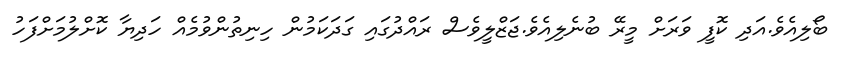
ބޯލިއެވެ.އަދި ކޮފީ ވަރަށް މީރޭ ބުނެލިއެވެ.ޖަޒްލީވެސް ރައްދުގައި ގަދަކަމުން ހިނިތުންވުމެއް ހަދިޔާ ކޮށްލުމަށްފަހު